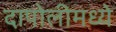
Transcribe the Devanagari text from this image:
दापोलीमध्ये